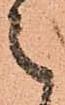
之